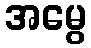
အမွေ